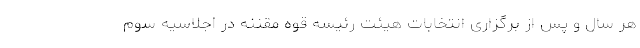
هر سال و پس از برگزاری انتخابات هیئت رئیسه قوه مقننه در اجلاسیه سوم